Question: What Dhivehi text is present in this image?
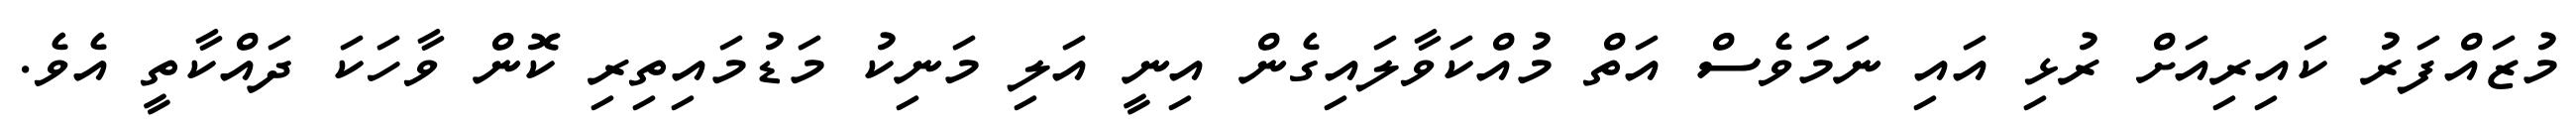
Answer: މުޒައްފަރު ކައިރިއަށް ރުޅި އައި ނަމަވެސް އަތް މުއްކަވާލައިގެން އިނީ އަލި މަނިކު މަޑުމައިތިރި ކޮން ވާހަކަ ދައްކާތީ އެވެ.